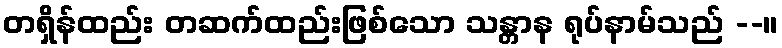
တရှိန်ထည်း တဆက်ထည်းဖြစ်သော သန္တာန ရုပ်နာမ်သည် --။